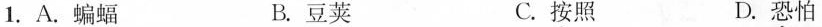
1.A.蝙蝠 B.豆荚 C.按照 D.恐怕